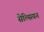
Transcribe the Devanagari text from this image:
सेल्सियन